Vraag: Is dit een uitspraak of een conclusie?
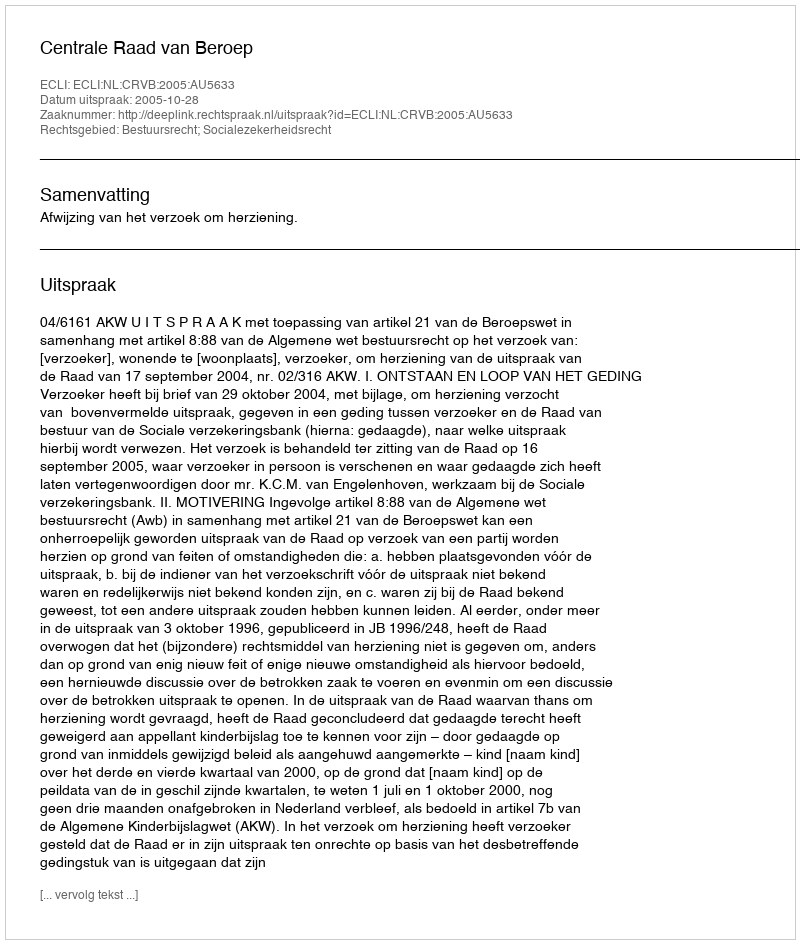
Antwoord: Uitspraak